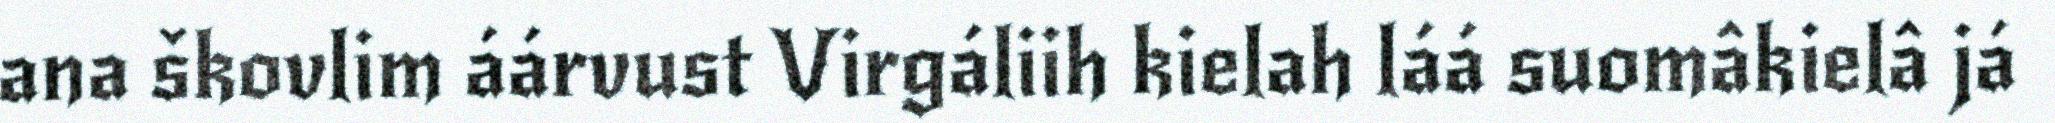
ana škovlim áárvust Virgáliih kielah láá suomâkielâ já